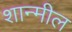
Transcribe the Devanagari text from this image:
शान्मील